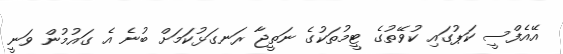
އޭއެފްސީ ކަޕުގައި ކުވޭތުގެ ޓީމުތަކުގެ ނަތީޖާ ރަނގަޅުކަމަށް ބުނެ އެ ގައުމުން ވަނީ